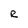
Character: R